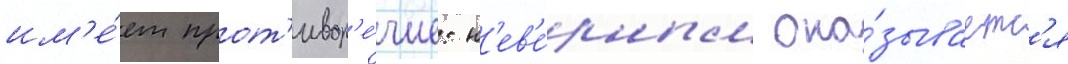
им'е́ет прот'ивор'е́чие: н'ев'е́рным ока́зываетс'я